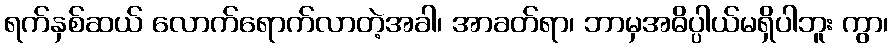
ရက်နှစ်ဆယ် လောက်ရောက်လာတဲ့အခါ၊ အာခတ်ရာ၊ ဘာမှအဓိပ္ပါယ်မရှိပါဘူး ကွာ၊